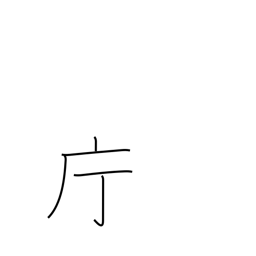
Meaning: government office